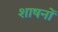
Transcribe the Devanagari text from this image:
शाषनों